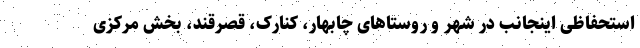
استحفاظی اینجانب در شهر و روستاهای چابهار، کنارک، قصرقند، بخش مرکزی